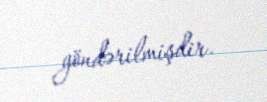
göndərilmişdir.